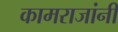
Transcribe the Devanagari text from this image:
कामराजांनी